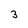
Character: 3